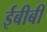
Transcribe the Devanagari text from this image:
ईबीबी